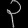
Digit: ၃